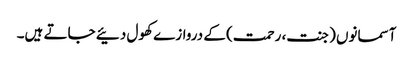
آسمانوں (جنت، رحمت) کے دروازے کھول دئیے جاتے ہیں۔